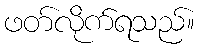
ဖတ်လိုက်ရသည်။